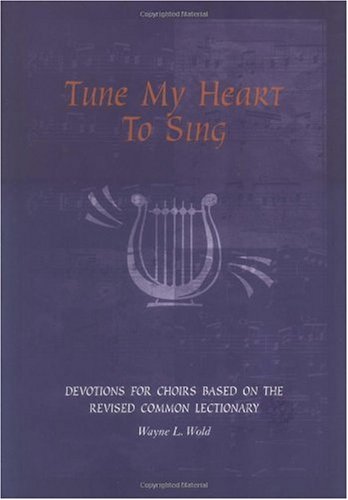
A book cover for Tune My Heart to Sing: Devotions for Church Choirs : Cycles A, B, and C; Wayne L. Wold; Christian Books & Bibles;